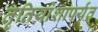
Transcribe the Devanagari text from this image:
तृतियांशापर्यंत